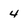
Character: 4